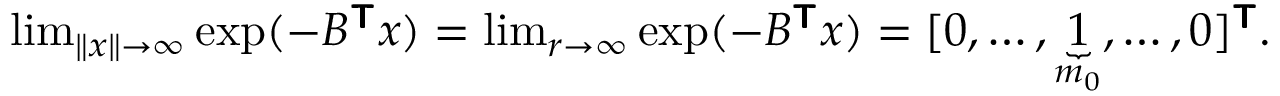
\begin{array} { r } { \operatorname* { l i m } _ { \| \boldsymbol { x } \| \rightarrow \infty } \exp ( - B ^ { \boldsymbol { \mathsf { T } } } \boldsymbol { x } ) = \operatorname* { l i m } _ { r \rightarrow \infty } \exp ( - B ^ { \boldsymbol { \mathsf { T } } } \boldsymbol { x } ) = [ 0 , \ldots , \underbrace { 1 } _ { m _ { 0 } } , \ldots , 0 ] ^ { \boldsymbol { \mathsf { T } } } . } \end{array}